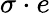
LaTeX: \sigma\cdot e